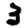
Digit: 3